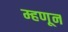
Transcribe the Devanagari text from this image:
म्हणून